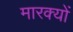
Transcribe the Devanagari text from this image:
मारक्यों